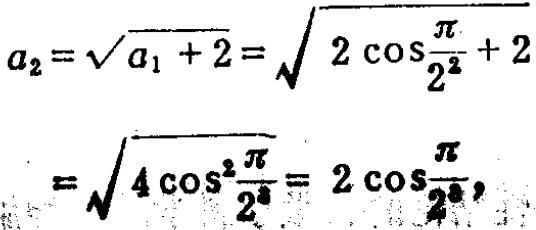
\[
\begin{align*}
a_{2}&=\sqrt{a_{1} + 2}=\sqrt{2\cos\frac{\pi}{2^{2}}+2}\\
&=\sqrt{4\cos^{2}\frac{\pi}{2^{3}}}=2\cos\frac{\pi}{2^{3}},
\end{align*}
\]